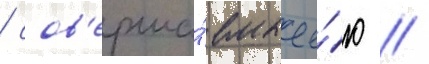
/ сов'ерша́емые е́ю //